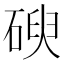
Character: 𥔢